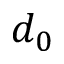
d _ { 0 }